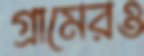
গ্রামেরও